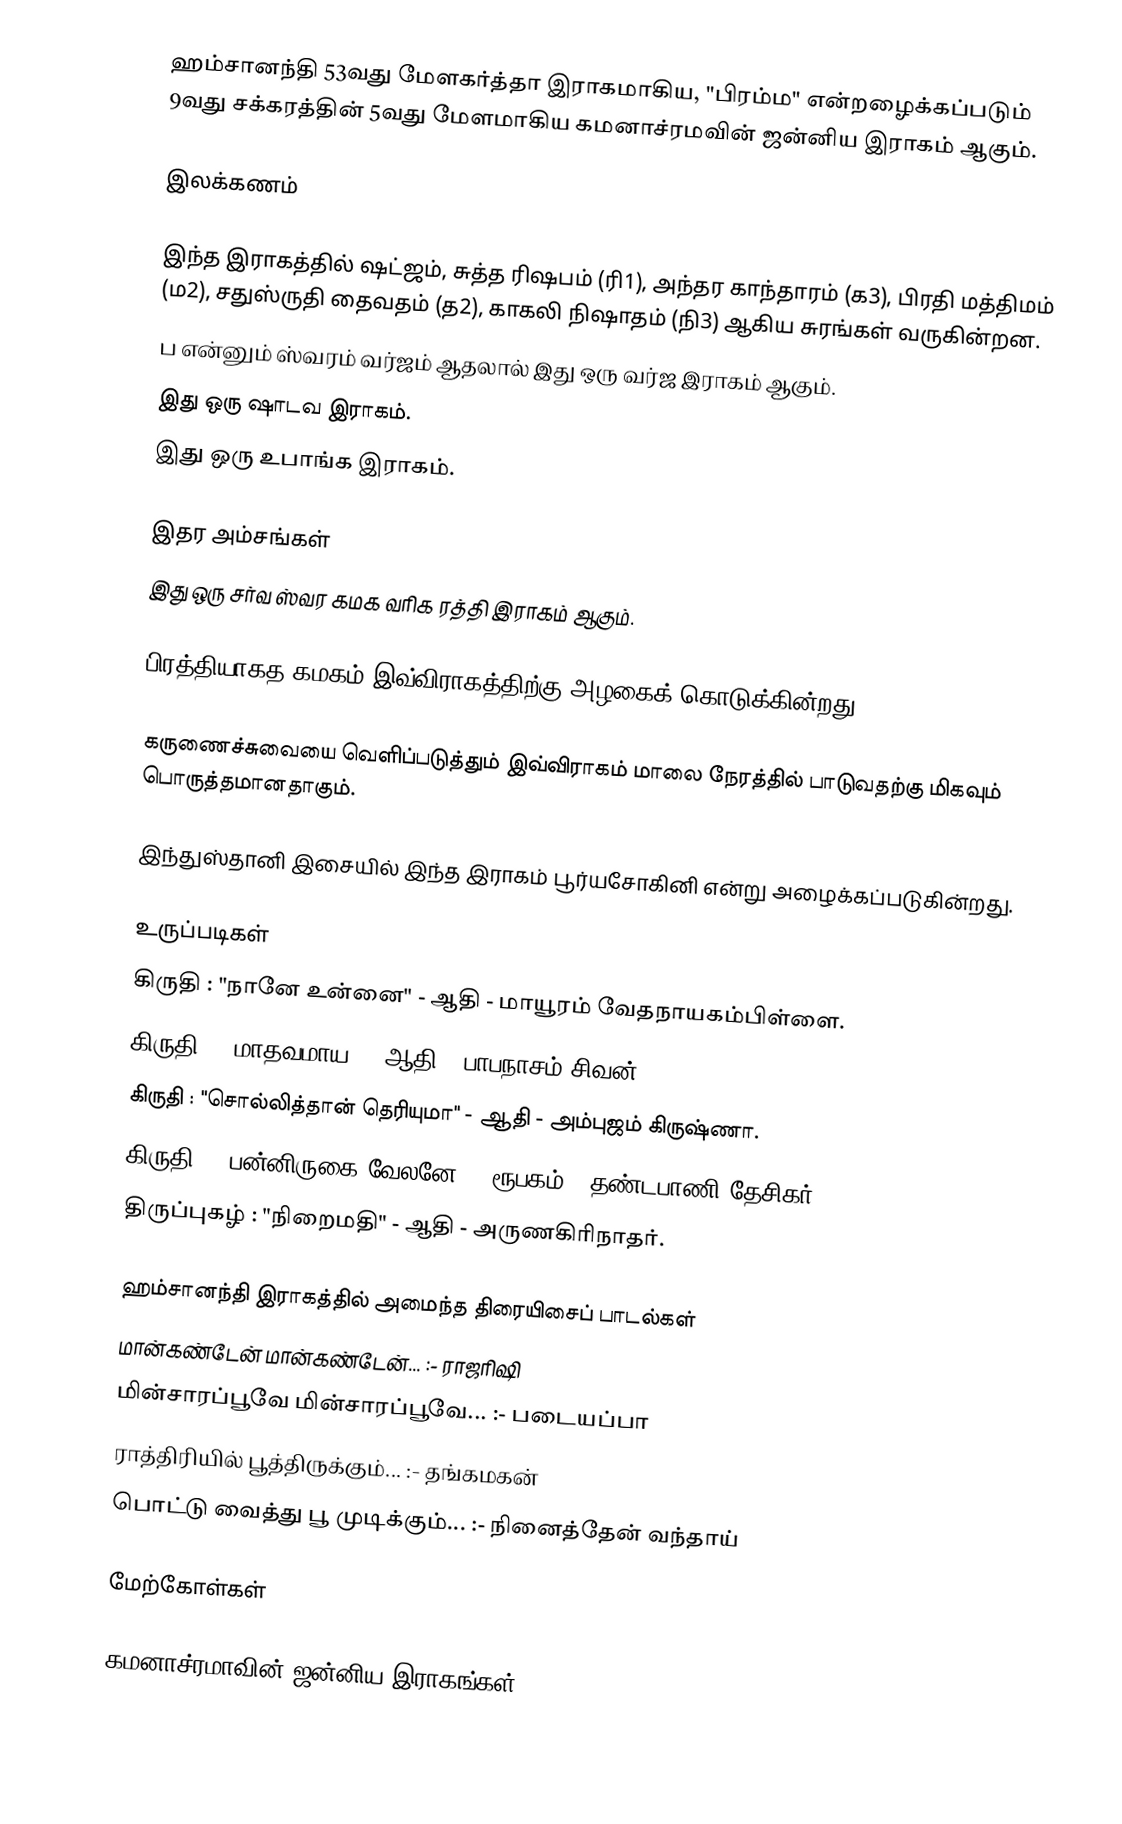
ஹம்சானந்தி 53வது மேளகர்த்தா இராகமாகிய, "பிரம்ம" என்றழைக்கப்படும் 9வது சக்கரத்தின் 5வது மேளமாகிய கமனாச்ரமவின் ஜன்னிய இராகம் ஆகும்.

இலக்கணம்

 இந்த இராகத்தில் ஷட்ஜம், சுத்த ரிஷபம் (ரி1), அந்தர காந்தாரம் (க3), பிரதி மத்திமம் (ம2), சதுஸ்ருதி தைவதம் (த2), காகலி நிஷாதம் (நி3) ஆகிய சுரங்கள் வருகின்றன.
 ப என்னும் ஸ்வரம் வர்ஜம் ஆதலால் இது ஒரு வர்ஜ இராகம் ஆகும்.
 இது ஒரு ஷாடவ இராகம்.
 இது ஒரு உபாங்க இராகம்.

இதர அம்சங்கள்
 இது ஒரு சர்வ ஸ்வர கமக வரிக ரத்தி இராகம் ஆகும்.

 பிரத்தியாகத கமகம் இவ்விராகத்திற்கு அழகைக் கொடுக்கின்றது.

 கருணைச்சுவையை வெளிப்படுத்தும் இவ்விராகம் மாலை நேரத்தில் பாடுவதற்கு மிகவும் பொருத்தமானதாகும்.

 இந்துஸ்தானி இசையில் இந்த இராகம் பூர்யசோகினி என்று அழைக்கப்படுகின்றது.

உருப்படிகள்
 கிருதி	: "நானே உன்னை"			- ஆதி		- மாயூரம் வேதநாயகம்பிள்ளை.
 கிருதி	: "மாதவமாய"			- ஆதி		- பாபநாசம் சிவன்.
 கிருதி	: "சொல்லித்தான் தெரியுமா"	- ஆதி		- அம்புஜம் கிருஷ்ணா.
 கிருதி	: "பன்னிருகை வேலனே"		- ரூபகம்	- தண்டபாணி தேசிகர்.
 திருப்புகழ்	: "நிறைமதி"				- ஆதி		- அருணகிரிநாதர்.

ஹம்சானந்தி இராகத்தில் அமைந்த திரையிசைப் பாடல்கள்
 மான்கண்டேன் மான்கண்டேன்... :- ராஜரிஷி
 மின்சாரப்பூவே மின்சாரப்பூவே... :- படையப்பா
 ராத்திரியில் பூத்திருக்கும்... :- தங்கமகன்
 பொட்டு வைத்து பூ முடிக்கும்... :- நினைத்தேன் வந்தாய்

மேற்கோள்கள்

கமனாச்ரமாவின் ஜன்னிய இராகங்கள்